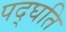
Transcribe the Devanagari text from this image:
पद्घति